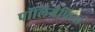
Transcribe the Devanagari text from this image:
पॉलिग्रैफ़िया